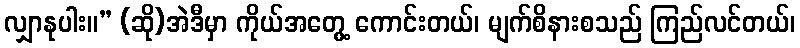
လျှာနုပါး။” (ဆို)အဲဒီမှာ ကိုယ်အတွေ့ ကောင်းတယ်၊ မျက်စိနားစသည် ကြည်လင်တယ်၊